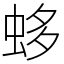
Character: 蛥